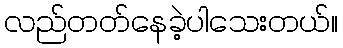
လည်တတ်နေခဲ့ပါသေးတယ်။